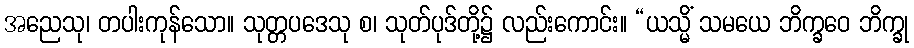
အညေသု၊ တပါးကုန်သော။ သုတ္တပဒေသု စ၊ သုတ်ပုဒ်တို့၌ လည်းကောင်း။ “ယသ္မိံ သမယေ ဘိက္ခဝေ ဘိက္ခု